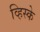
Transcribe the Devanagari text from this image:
व्हिस्के